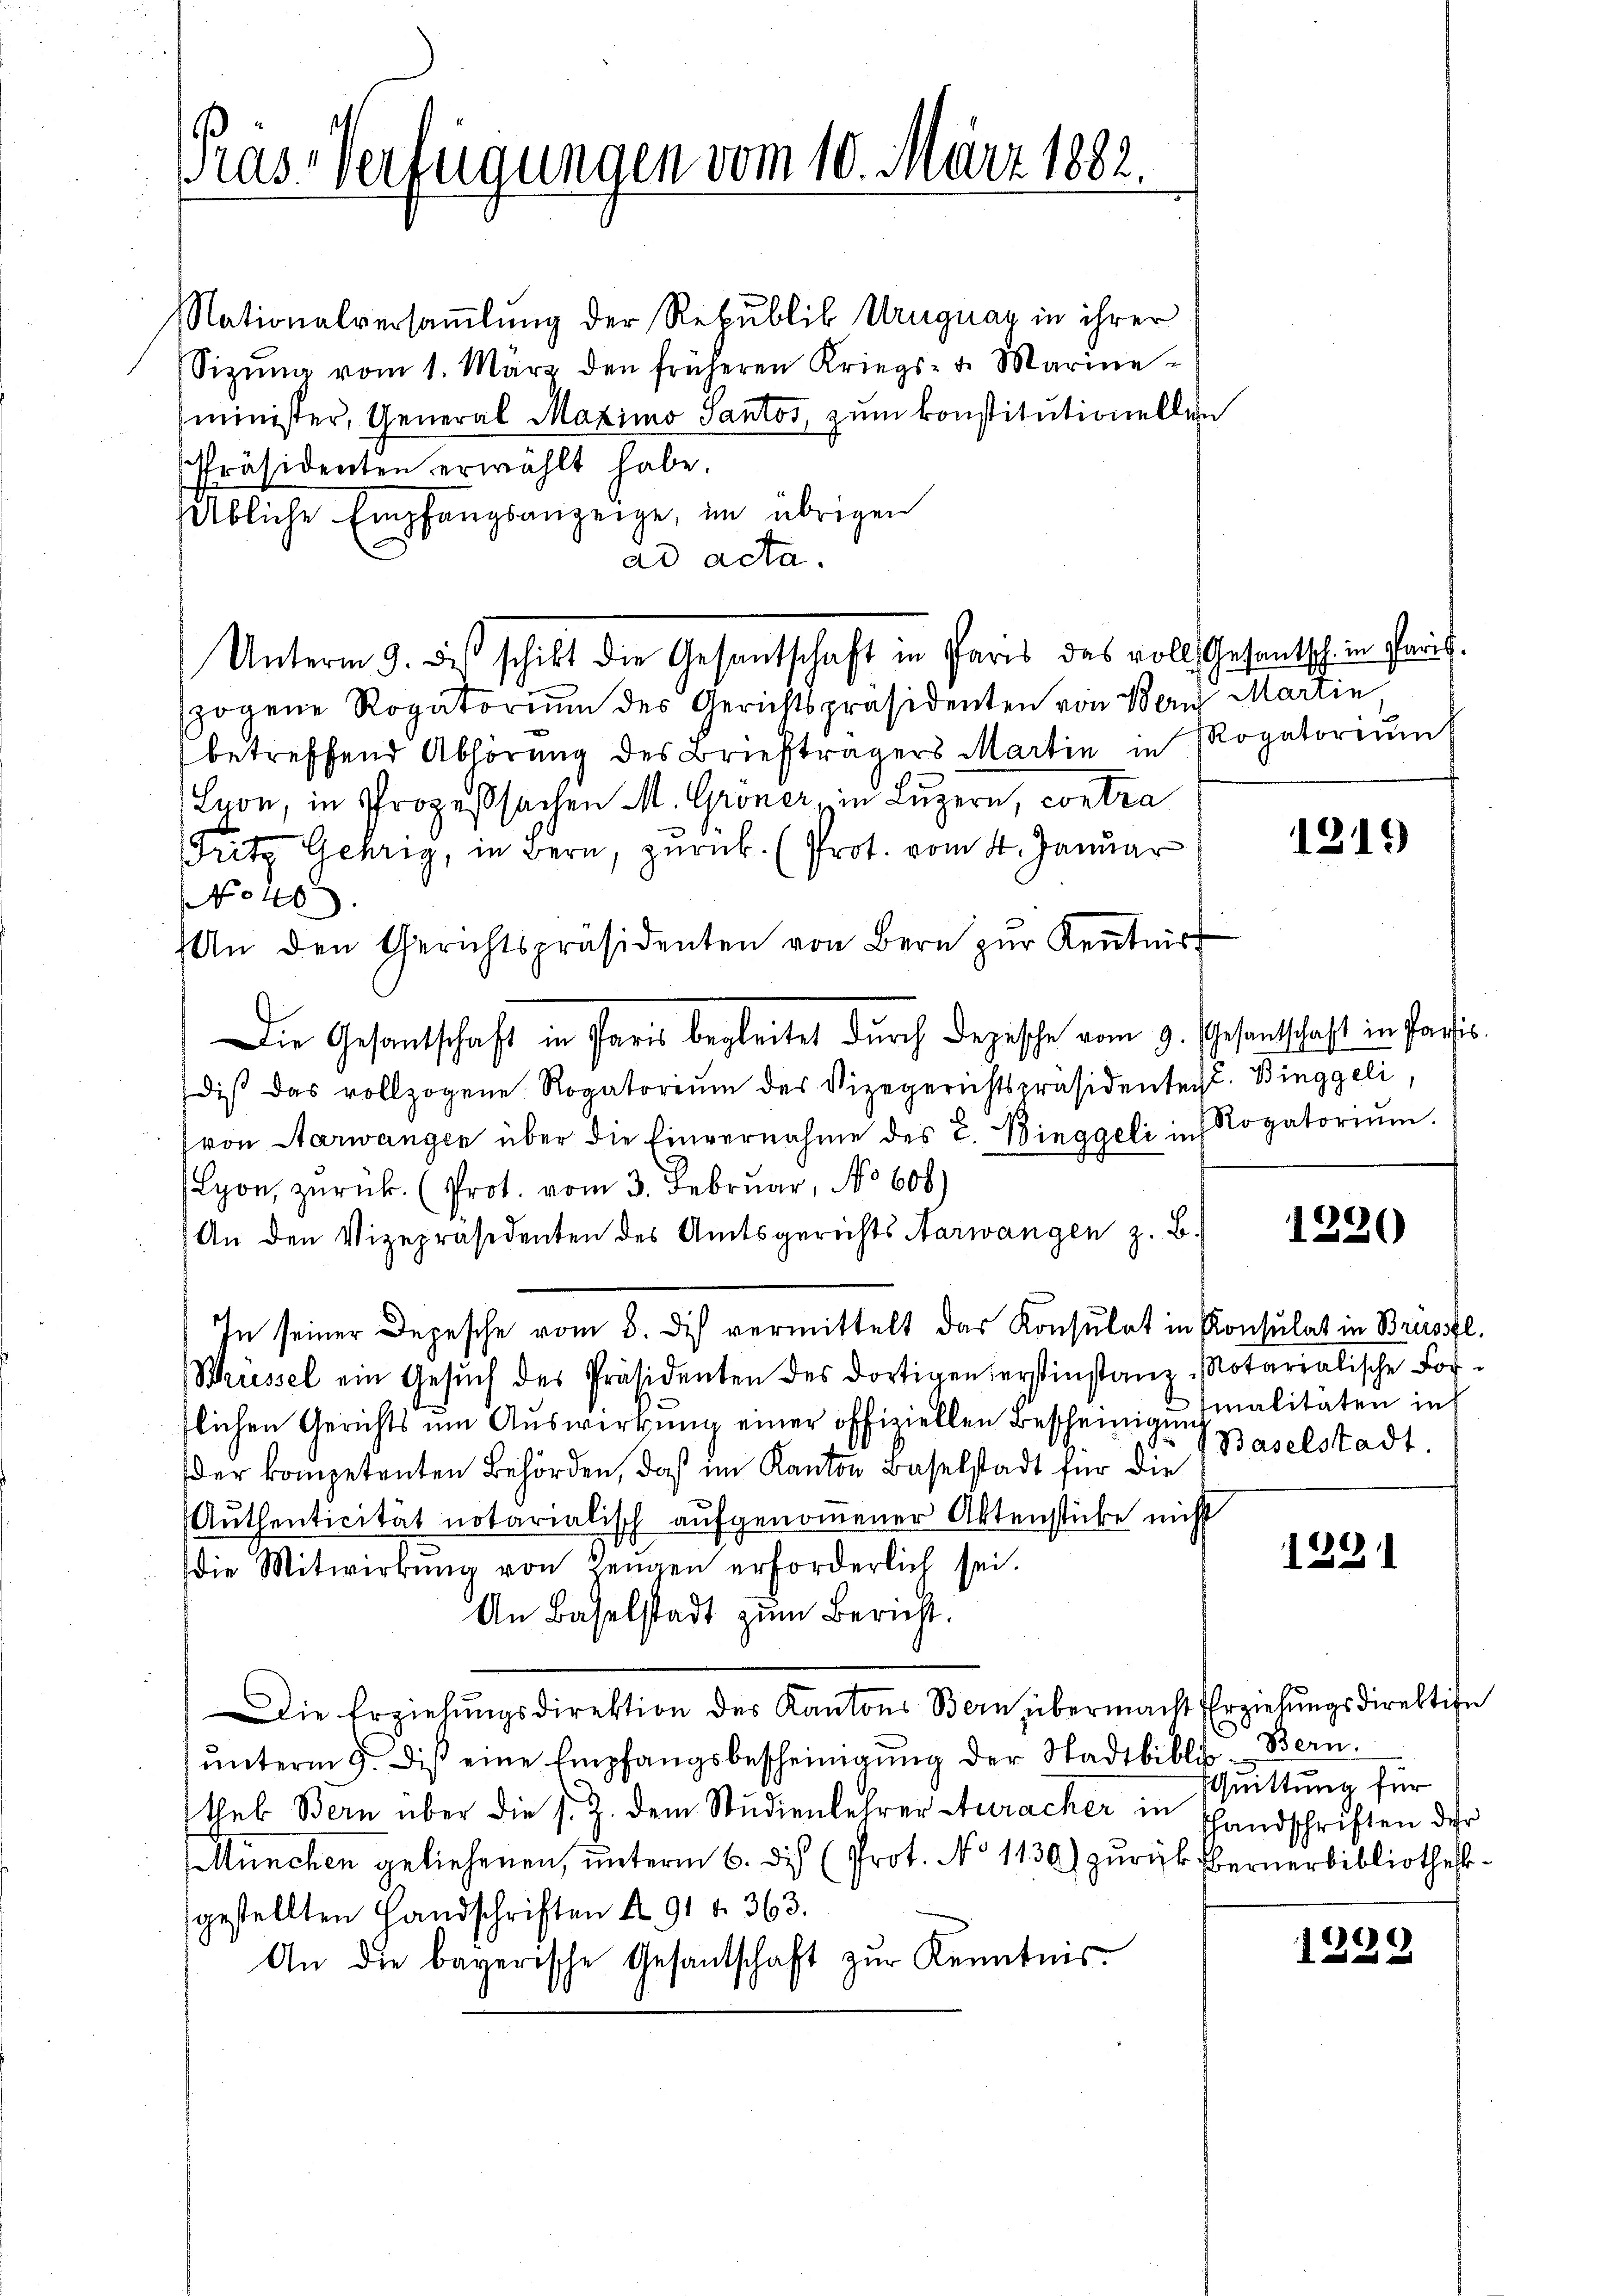
Krassverfügungen vom 10. März 1882.

ad acta.
zogene Rogatorium des Gerichtspräsidenten von Bern Martin
betreffend Abhörung des Briefträgers Martin in Rogatoriums
Lyon, in Prozeßsachen M. Groner, in Luzern, contra
Fritz Gehrig, in Bern, zurück. (Prot. vom 4. Januar
No 40
An den Gerichtspräsidenten von Bern zŭr Kenntnis
Die Gesantschaft in Paris begleitet durch Depesche vom 9. Gesantschaft in Paris
dis das vollzogene Rogatorium des Vizegerichtspräsidente. Binggeli,
von Aarwangen über die Einvernahme des C. Binggeli in
yon, zurück. (Prot. vom 3. Februar, No 606)
An den Vizepräsidenten des Amtsgerichts Aarwangen z. B.
In seiner Depesche vom 8. des vermittelt das Konsulat in Konsulat in Brustl.
Brüssel ein Gesŭch des Präsidenten des dortigenierstinstanz Notarialische For-
flichen Gerichts ŭm Aŭswerkŭng einer offiziellen Bescheinigung malitäten ins
der kompetenten Behörden, daß im Kanton Baselstadt für die
Aŭthenticität notarialisch aŭfgenoṁener Aktenstücke nicht
die Mitwirkŭng von Zeugen erforderlich sei.
An Baselstadt zum Bericht.
Die Erziehŭngsdirektion des Kantons Bern übermacht Erziehŭngsdirektion
 ŭnterm 9. diβ eine Empfangsbescheinigŭng der Stadtbiblik Bern.
thek Bern über die s. Z. dem Studienlehrer Auracher in Handschriften der
München geliehenen, unterm 6. di (Prot. No 1130) zurück übernerbibliothek
gestellten Handschriften § 91 f. 363.
An die bayerische Gesantschaft zŭr Kenntnis

Nationalversammlung der Republik Uruguay in ihrer
Sitzŭng vom 1. März den früheren Kriegs- u. Marine-
minister, General Maximo Santor, zum konstitutionellen
Präsidenten erwählt habe.
sübliche Empfangsanzeige, im übrigen

Unterm 9. des schilt die Gesantschaft in Paris des vollschesentsch in Paus¬

1219

Rogatorium.

1220

Baselstadt

1291

Quittung für

1222